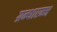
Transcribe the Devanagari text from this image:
ग्रन्थारम्भ